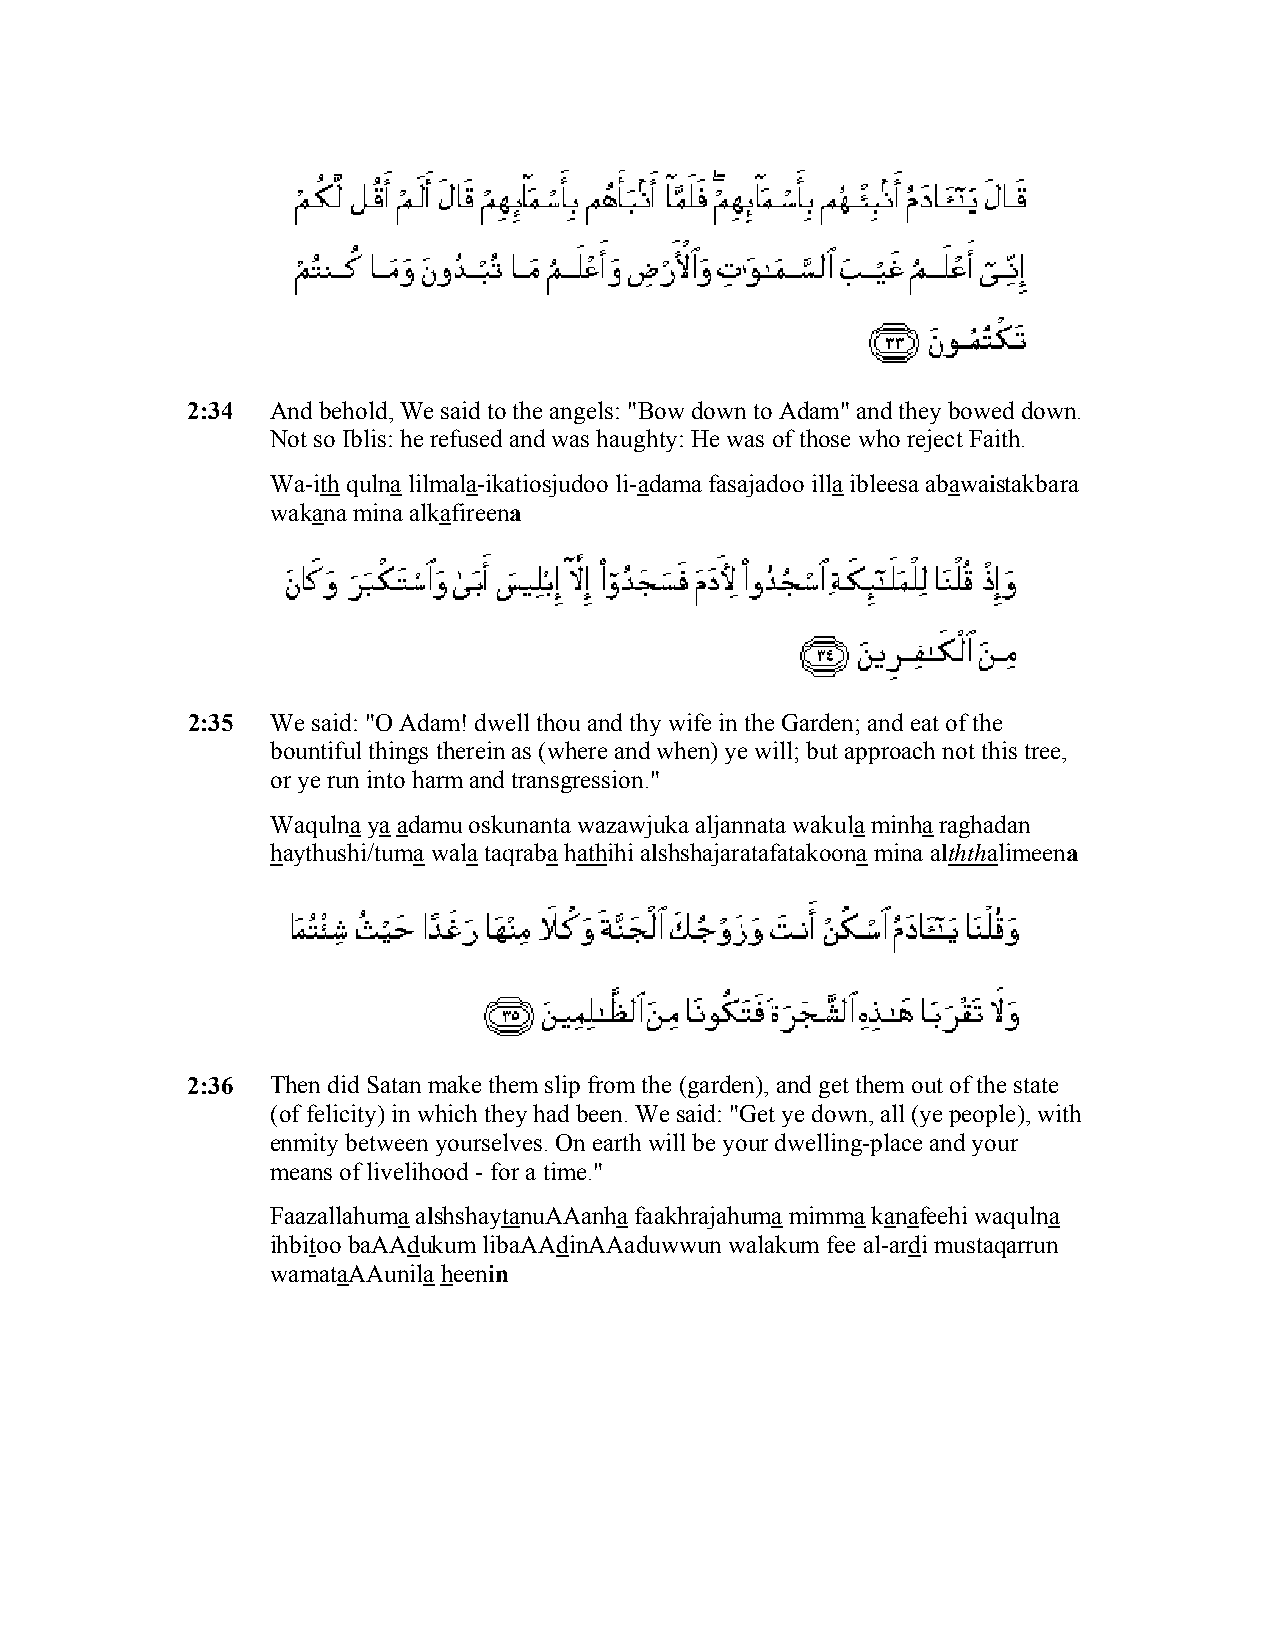
2:34  And behold, We said to the angels: "Bow down to Adam" and they bowed down.
 Not so Iblis: he refused and was haughty: He was of those who reject Faith.
 Wa-ith qulna lilmala-ikatiosjudoo li-adama fasajadoo illa ibleesa abawaistakbara
 wakana mina alkafireena
 2:35  We said: "O Adam! dwell thou and thy wife in the Garden; and eat of the
 bountiful things therein as (where and when) ye will; but approach not this tree,
 or ye run into harm and transgression."
 Waqulna ya adamu oskunanta wazawjuka aljannata wakula minha raghadan
 haythushi/tuma wala taqraba hathihi alshshajaratafatakoona mina alththalimeena
 2:36  Then did Satan make them slip from the (garden), and get them out of the state
 (of felicity) in which they had been. We said: "Get ye down, all (ye people), with
 enmity between yourselves. On earth will be your dwelling-place and your
 means of livelihood - for a time."
 Faazallahuma alshshaytanuAAanha faakhrajahuma mimma kanafeehi waqulna
 ihbitoo baAAdukum libaAAdinAAaduwwun walakum fee al-ardi mustaqarrun
 wamataAAunila heenin